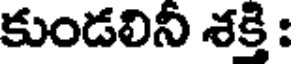
కుండలినీ శక్తి :